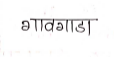
मजकूर: गावगाडा